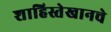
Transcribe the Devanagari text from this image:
शाहिस्तेखानचे